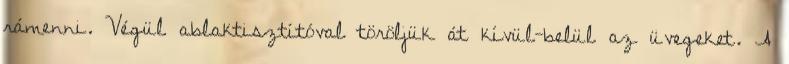
rámenni. Végül ablaktisztítóval töröljük át kívül-belül az üvegeket. A